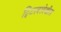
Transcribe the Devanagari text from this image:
ट्विटरवरदेखील